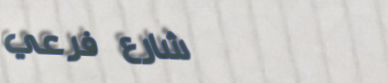
شارع فرعي